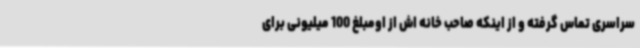
سراسری تماس گرفته و از اینکه صاحب خانه اش از اومبلغ 100 میلیونی برای